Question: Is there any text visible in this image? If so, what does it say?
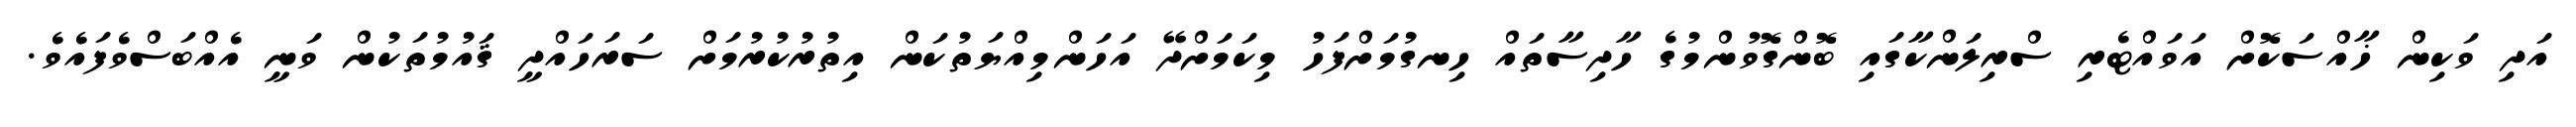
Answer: އަދި ވަކިން ޚާއްސަކޮށް އަވައްޓެރި ސްރިލަންކާގައި ބޮންގޮވުންމުގެ ހާދިސާތައް ހިނގުމަށްފަހު މިކަމަށްދޭ އަހަންމިއްޔަތުކަން އިތުރުކުރުމަށް ސަރަހައްދީ ޤައުމުތަކުން ވަނީ އެއްބަސްވެފައެވެ.